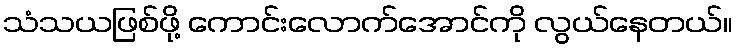
သံသယဖြစ်ဖို့ ကောင်းလောက်အောင်ကို လွယ်နေတယ်။